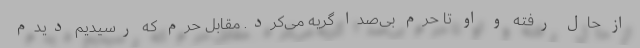
از حال رفته و او تا حرم بی‌صدا گریه می‌کرد. مقابل حرم که رسیدیم دیدم